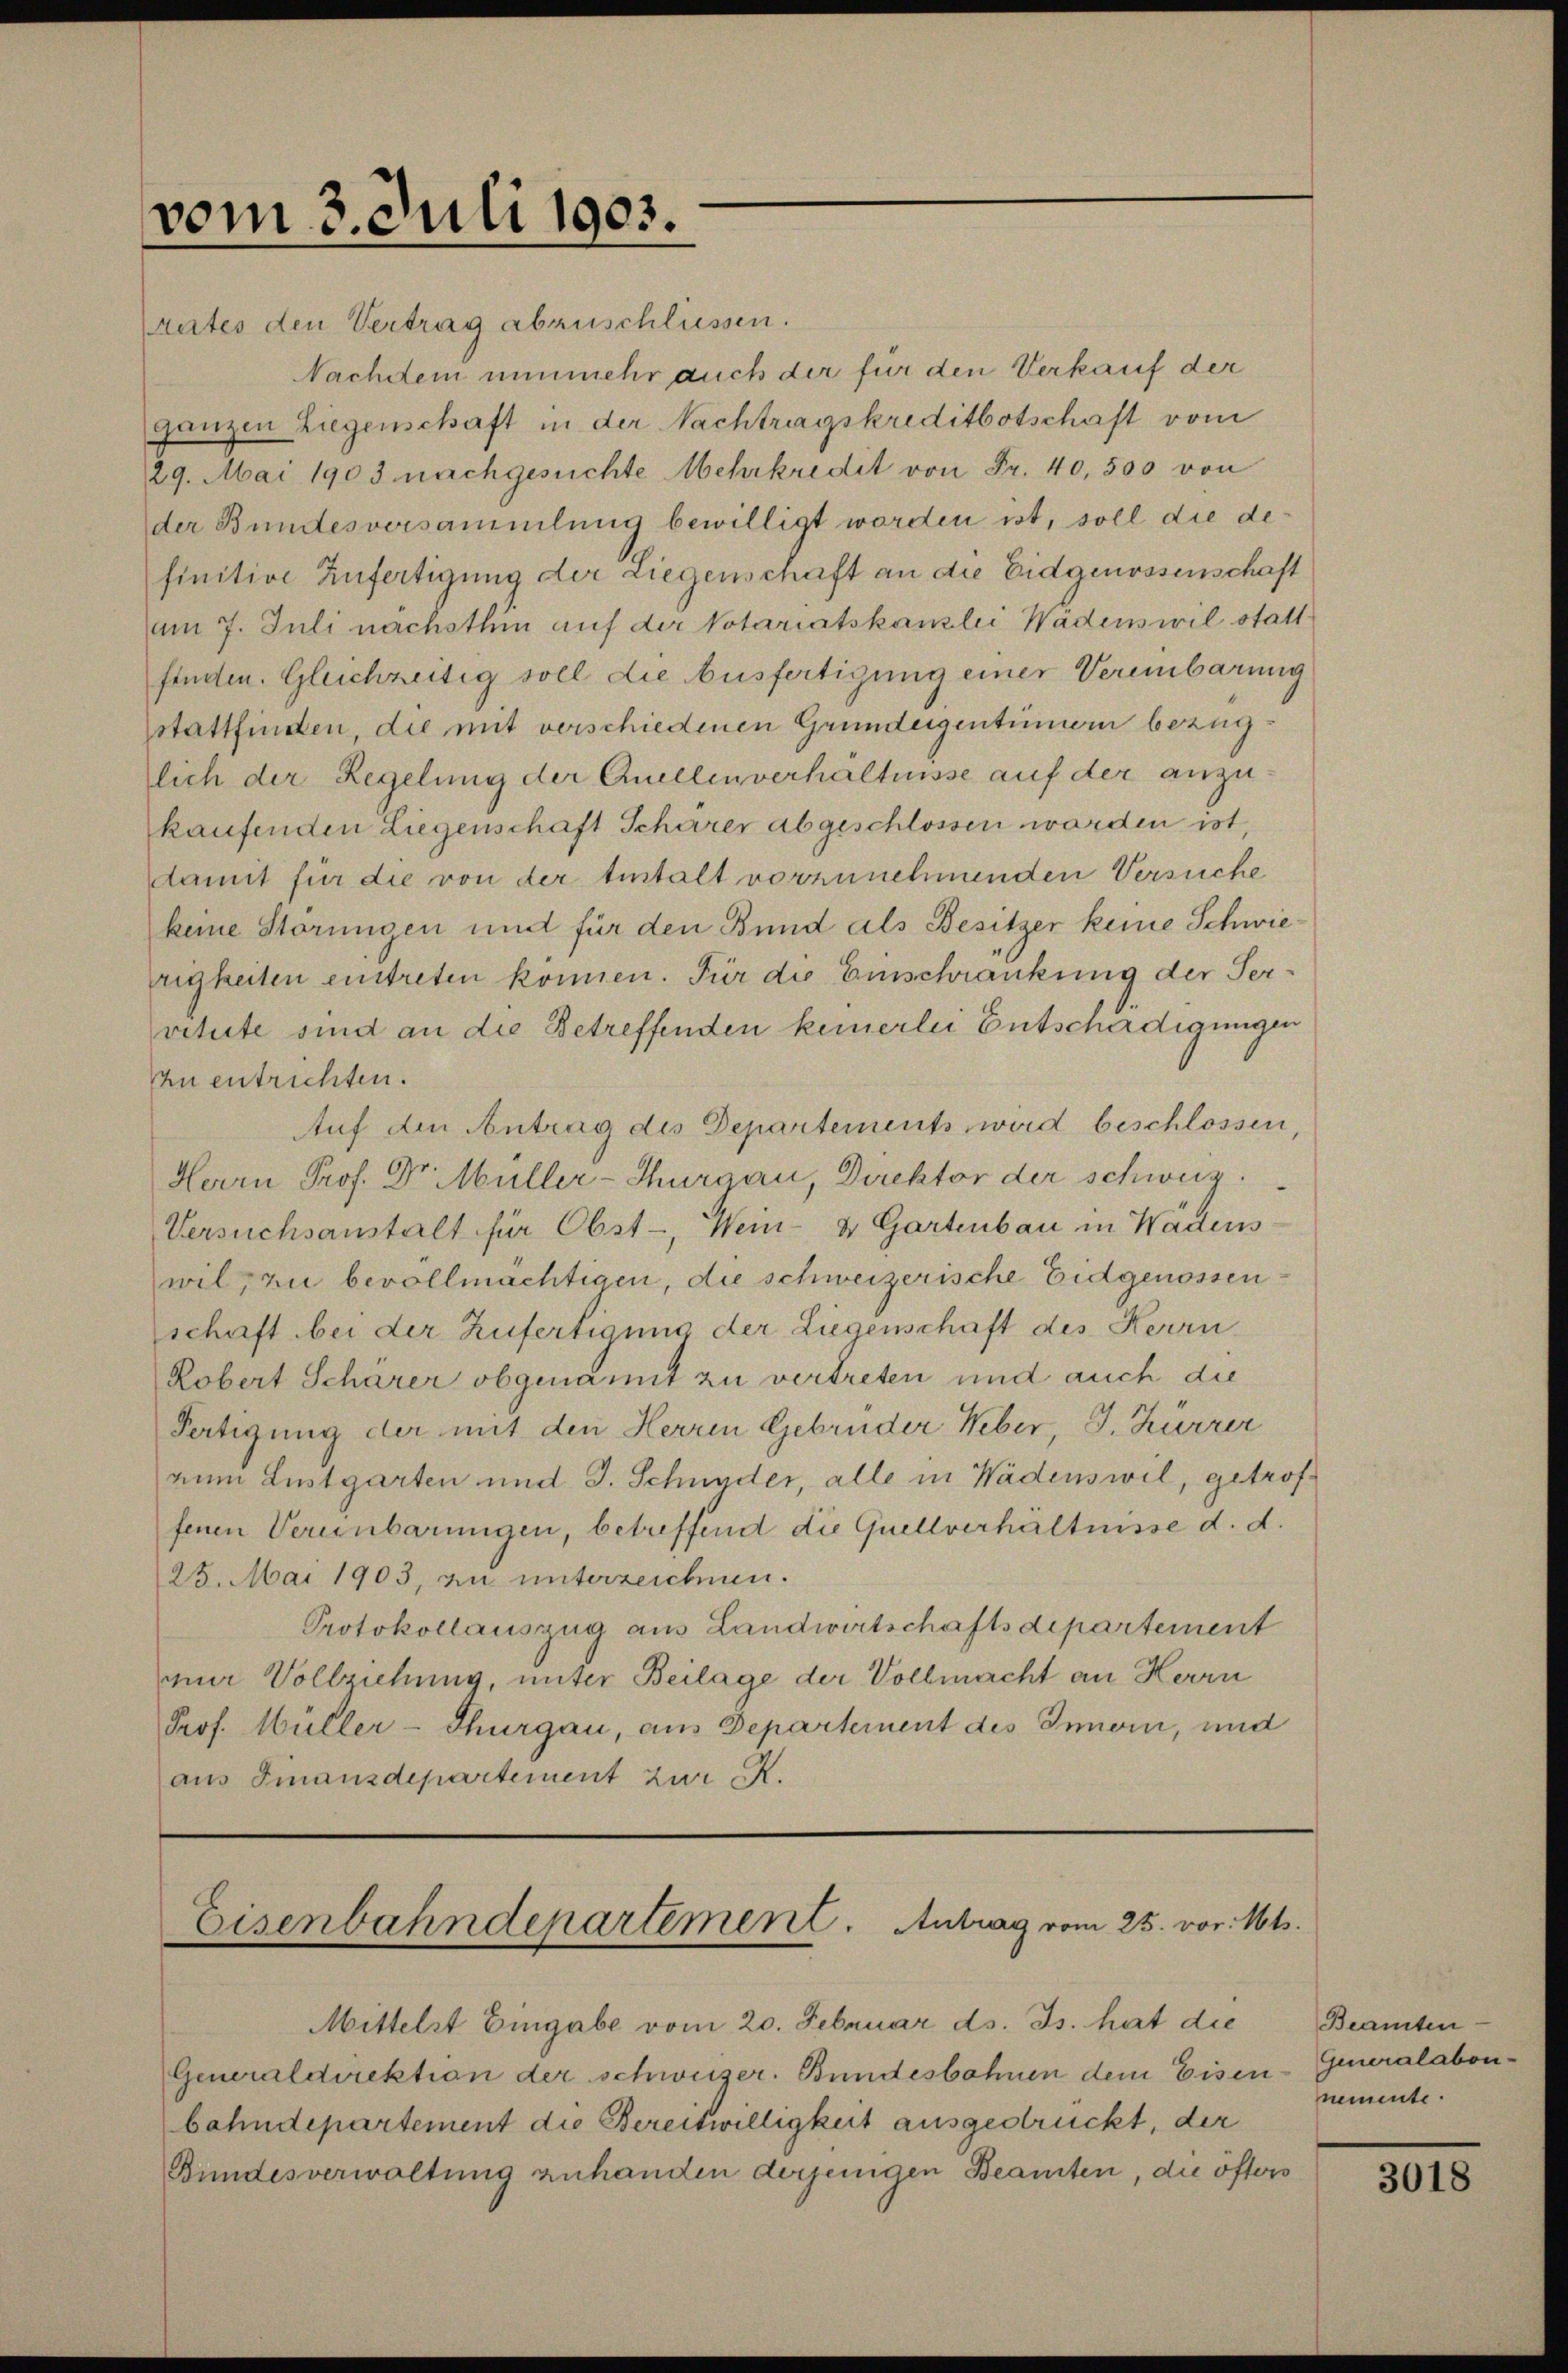
vom 3. Juli 1903.
rates den Vertrag abzuschliessen.

Nachdem nunmehr auch der für den Verkauf der
ganzen Liegenschaft in der Nachtragskreditbotschaft vom
29. Mai 1903 nachgesuchte Mehrkredit von Fr. 40,500 von
der Bundesversammlung bewilligt worden ist, soll die definitive Zufertigung der Liegenschaft an die Eidgenossenschaft
am 7. Juli nächsthin auf der Votariatskanzlei Wädenswil statt
finden. Gleichzeitig soll die Ausfertigung einer Vereinbarung
stattfinden, die mit verschiedenen Grundeigentümern bezüglich der Regelung der Quellenverhältnisse auf der anzukaufenden Liegenschaft Schärer abgeschlossen worden ist,
damit für die von der testalt vorzunehmenden Versuche
keine Störungen und für den Bund als Besitzer keine Schwierigkeiten eintreten können. Für die Einschränkung der Servitute sind an die Betreffenden keinerlei Entschädigungen
zu entrichten.
Auf den Antrag des Departements wird beschlossen,
Herrn Prof. Dr. Müller-Thurgau, Direktor der schweiz.
Versuchsanstalt für Obst-, Wein- & Gartenbau in Wadens-
wil, zu bevollmächtigen, die schweizerische Eidgenossenschaft bei der Zufertigung der Liegenschaft des Herrn
Robert Scharer obgenannt zu vertreten und auch die
Fertigung der mit den Herren Gebrüder Weber, J. Kurzer
num Lustgarten und J. Schnyder, alle in Wädenswil, getroffenen Verenbarungen, betreffend die Quellverhältnisse d. d.
25. Mai 1903, zu unterzeichnen.
Protokollauszug aus Landwirtschaftsdepartement
m Vollziehung, unter Beilage der Vollmacht an Herrn
Prof. Müller-Thurgau, aus Departement des Innern, und
aus Finanzdepartement zur R.

Eisenbahndepartement. Antrag vom 25. vor. Mts.
Mittelst Eingabe vom 20. Februar ds. Js. hat die

Generaldirektion der schweizer. Bundesbahnen dem Eisenbahndepartement die Bereitwilligkeit ausgedrückt, der
Bundesverwaltung zuhanden derjenigen Beamten, die öfters

Beamten
Generalabon-
nemente.

3018